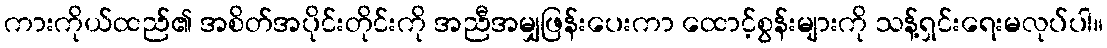
ကားကိုယ်ထည်၏ အစိတ်အပိုင်းတိုင်းကို အညီအမျှဖြန်းပေးကာ ထောင့်စွန်းများကို သန့်ရှင်းရေးမလုပ်ပါ။